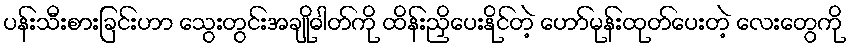
ပန်းသီးစားခြင်းဟာ သွေးတွင်းအချိုဓါတ်ကို ထိန်းညှိပေးနိုင်တဲ့ ဟော်မုန်းထုတ်ပေးတဲ့ လေးတွေကို